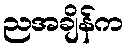
ညအချိန်က